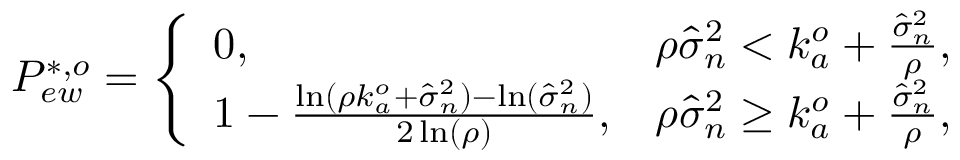
\begin{array} { r } { P _ { e w } ^ { * , o } = \left\{ \begin{array} { l l } { 0 , } & { \rho \hat { \sigma } _ { n } ^ { 2 } < k _ { a } ^ { o } + \frac { \hat { \sigma } _ { n } ^ { 2 } } { \rho } , } \\ { 1 - \frac { \ln ( \rho k _ { a } ^ { o } + \hat { \sigma } _ { n } ^ { 2 } ) - \ln ( \hat { \sigma } _ { n } ^ { 2 } ) } { 2 \ln ( \rho ) } , } & { \rho \hat { \sigma } _ { n } ^ { 2 } \geq k _ { a } ^ { o } + \frac { \hat { \sigma } _ { n } ^ { 2 } } { \rho } , } \end{array} \right. } \end{array}